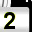
Digit: 2